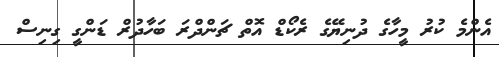
އެންމެ ކުރު މީހާގެ ދުނިޔޭގެ ރެކޯޑް އޮތް ޗަންދްރަ ބަހާދުރް ޑަންގީ ގިނިސް